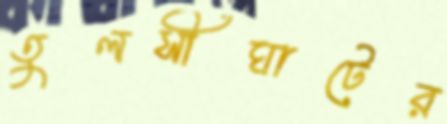
তুলসীঘাটের